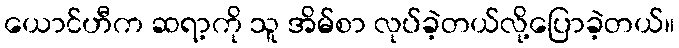
ယောင်ဟီက ဆရာ့ကို သူ အိမ်စာ လုပ်ခဲ့တယ်လို့ပြောခဲ့တယ်။